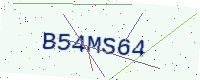
Text: B54MS64